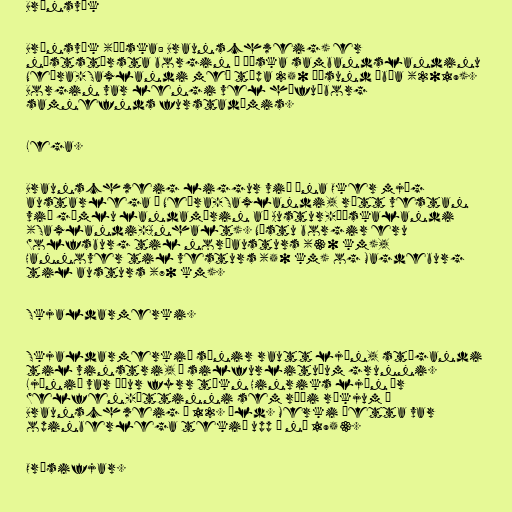
Brúnsvík

Brúnsvík (þýska: Braunschweig) er
næststærsta borgin í þýska sambandslandinu
Neðra-Saxlandi með tæpa 250 þúsund íbúa (2019).
Borgin var lengi vel höfuðborg
samnefnds furstadæmis.

Lega.

Braunschweig liggur við ána Oker mjög
austarlega í Neðra-Saxlandi, rétt vestan
við gömlu landamærin að Austur-Þýskalandi
(Saxlandi-Anhalt). Næstu borgir eru
Wolfsburg til norðausturs (30 km),
Hannover til vesturs (50 km) og Magdeburg
til austurs (70 km).

Skjaldarmerki.

Skjaldarmerkið sýnir rautt ljón, stígandi
til vinstri, á silfurlituðum grunni.
Ljónið var áður fyrr tákn Hinriks ljón úr
Welfen-ættinni sem réði ríkjum í
Braunschweig á 12. öld. Merki þetta var
opinberlega tekið upp á ný 1953.

Orðsifjar.